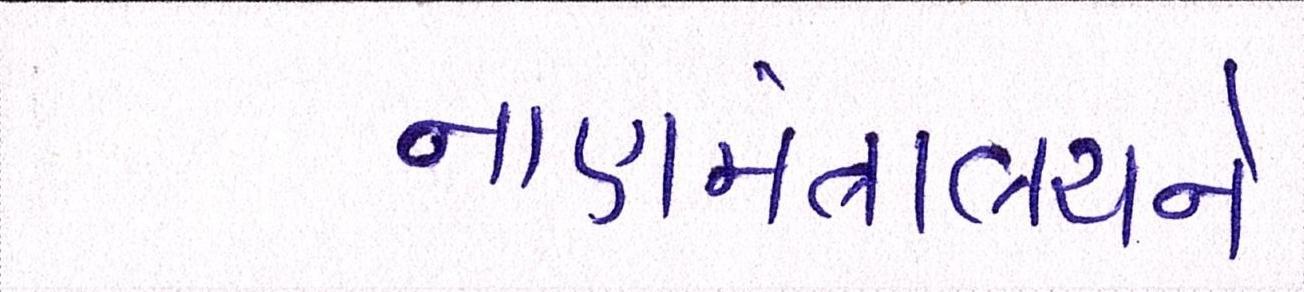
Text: નાણામંત્રાલયને